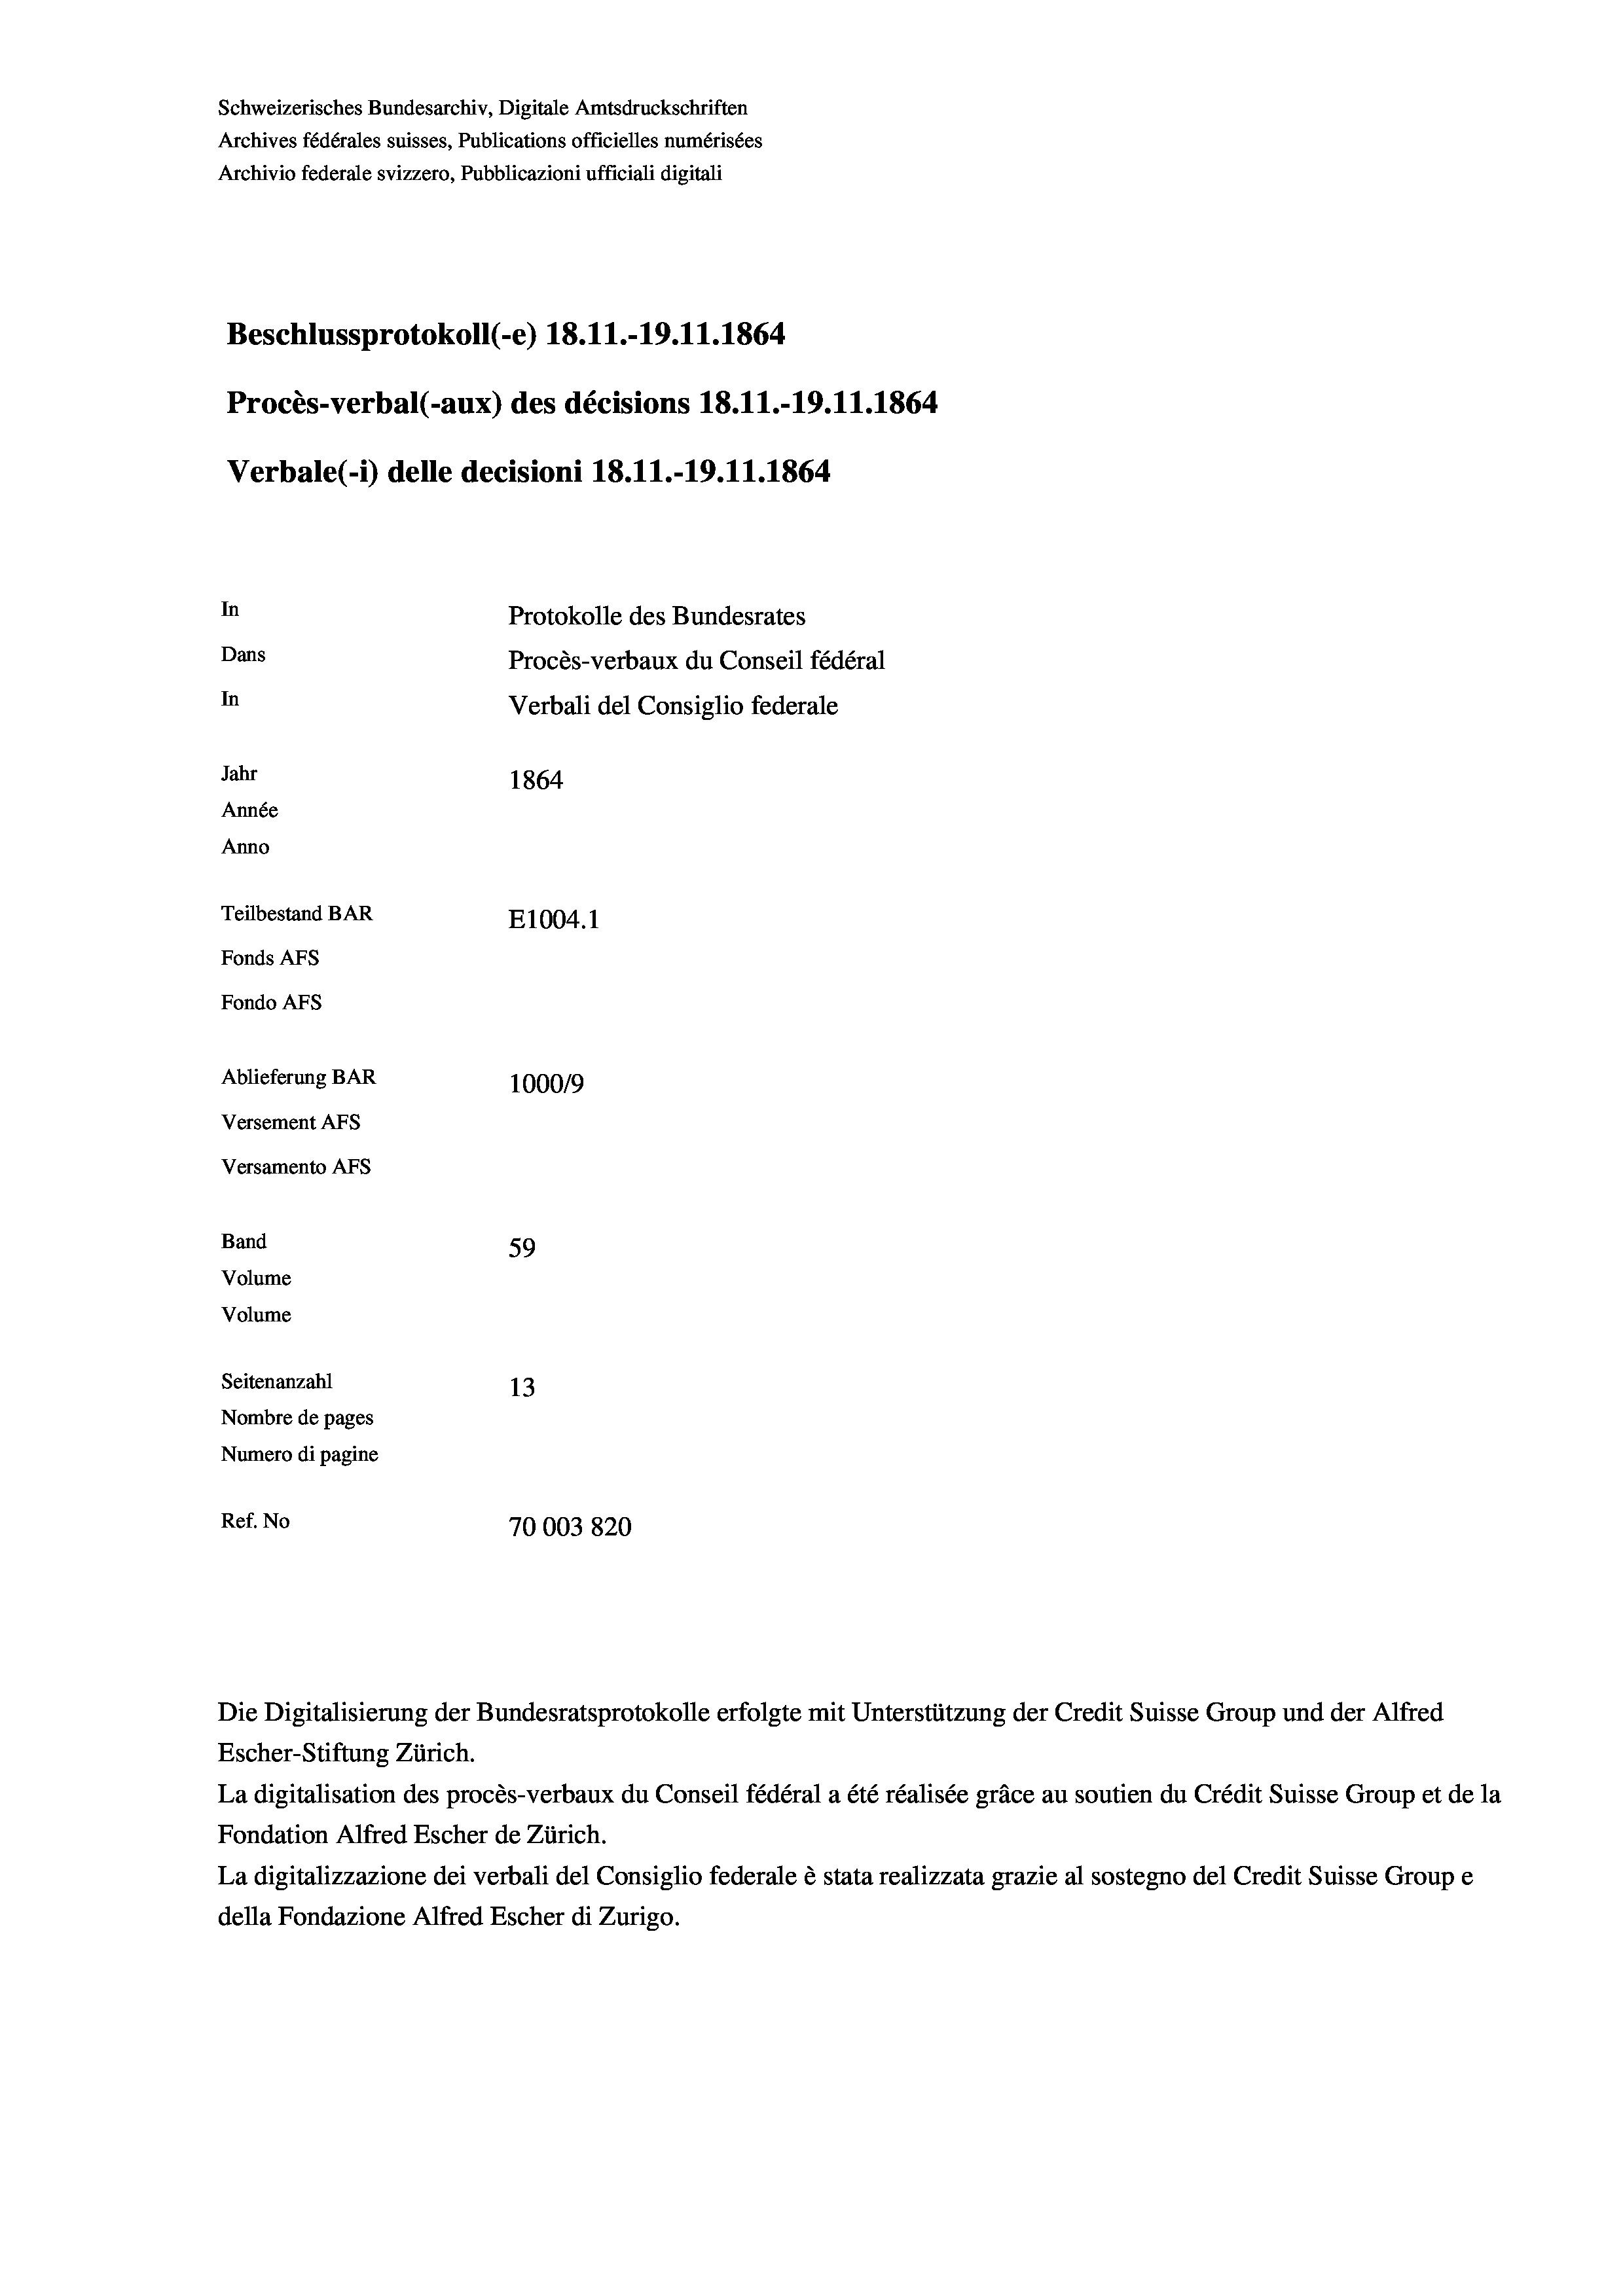
Schweizerisches Bundesarchiv, Digitale Amtsdruckschriften
Archives fédérales suisses, Publications officielles numérisées
Archivio federale svizzero, Pubblicazioni ufficiali digitali
Beschlussprotokoll (-e) 18.11.-19.11.1864
Procès-verbal (-aux) des décisions 18.11.-19.11.1864
Verbale (i) delle decisioni 18.11.-19.11.1864
In
Protokolle des Bundesrates
Dans
Procès-verbaux du Conseil fédéral
In
Verbali del Consiglio federale
Jahr
1864
Année
Anno
Teilbestand BAR
E1004. 1
Fonds AFs
Fondo Afs
Ablieferung BAR
100019
Versement AFs
Versamento Afs
Band
59
Volume
Volume
Seitenanzahl
13

Nombre de pages
Numero di pagine
Ref. No
70003820

Escher-Stiftung Zürich.
La digitalisation des procès-verbaux du Conseil fédéral a été réalisée gräce au soutien du Crédit Suisse Group et de la
Fondation Alfred Escher de Zürich.
La digitalizzazione dei verbali del Consiglio federale è stata realizzata grazie al sostegno del Credit Suisse Groupe
della Fondazione Alfred Escher di Zurigo.

Die Digitalisierung der Bundesratsprotokolle erfolgte mit Unterstützung der Credit Suisse Group und der Alfred